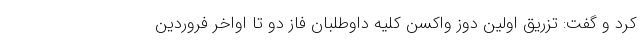
کرد و گفت: تزریق اولین دوز واکسن کلیه داوطلبان فاز دو تا اواخر فروردین